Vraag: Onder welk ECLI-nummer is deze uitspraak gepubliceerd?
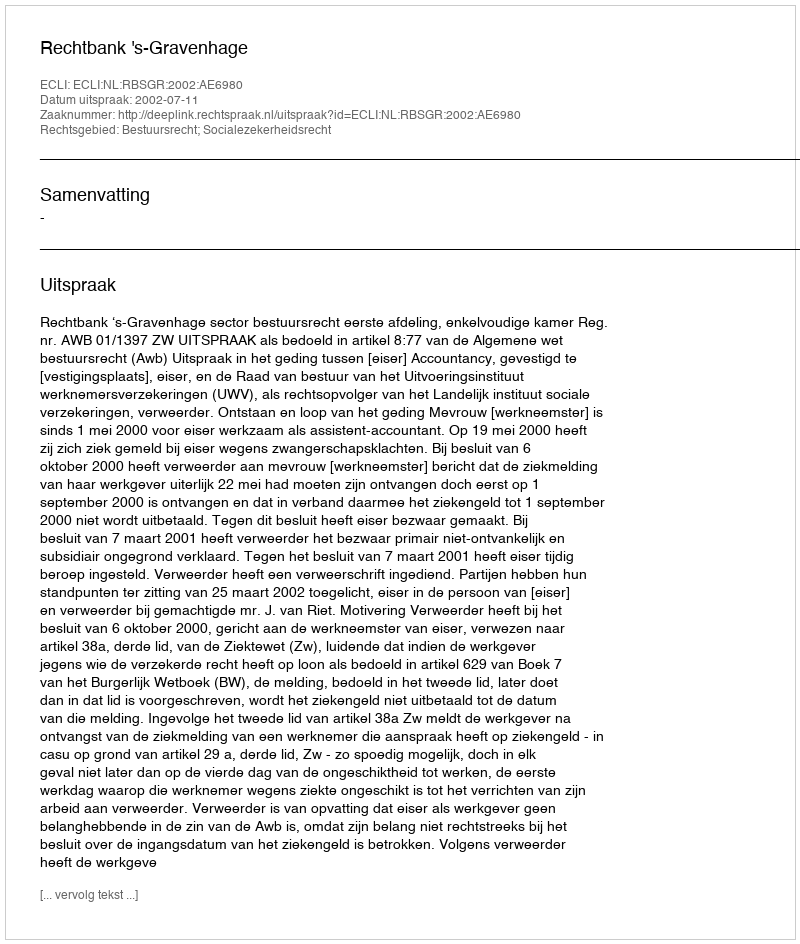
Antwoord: ECLI:NL:RBSGR:2002:AE6980